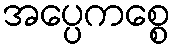
အပ္ပေကစ္စေ